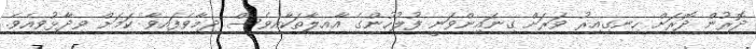
ދޮރުން ދޮރަށް ހިނގިއިރު ވަރަށް ގިނައިންވަނީ ފުލުހުންގެ އާއިލާތަކާއިވެސް ދިމާވެފައިވާ ކަމަށް ވިދާޅުވިއެވެ.